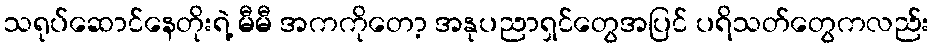
သရုပ်ဆောင်နေတိုးရဲ့ မီမီ အကကိုတော့ အနုပညာရှင်တွေအပြင် ပရိသတ်တွေကလည်း